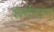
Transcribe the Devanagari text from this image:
शर्वनाग